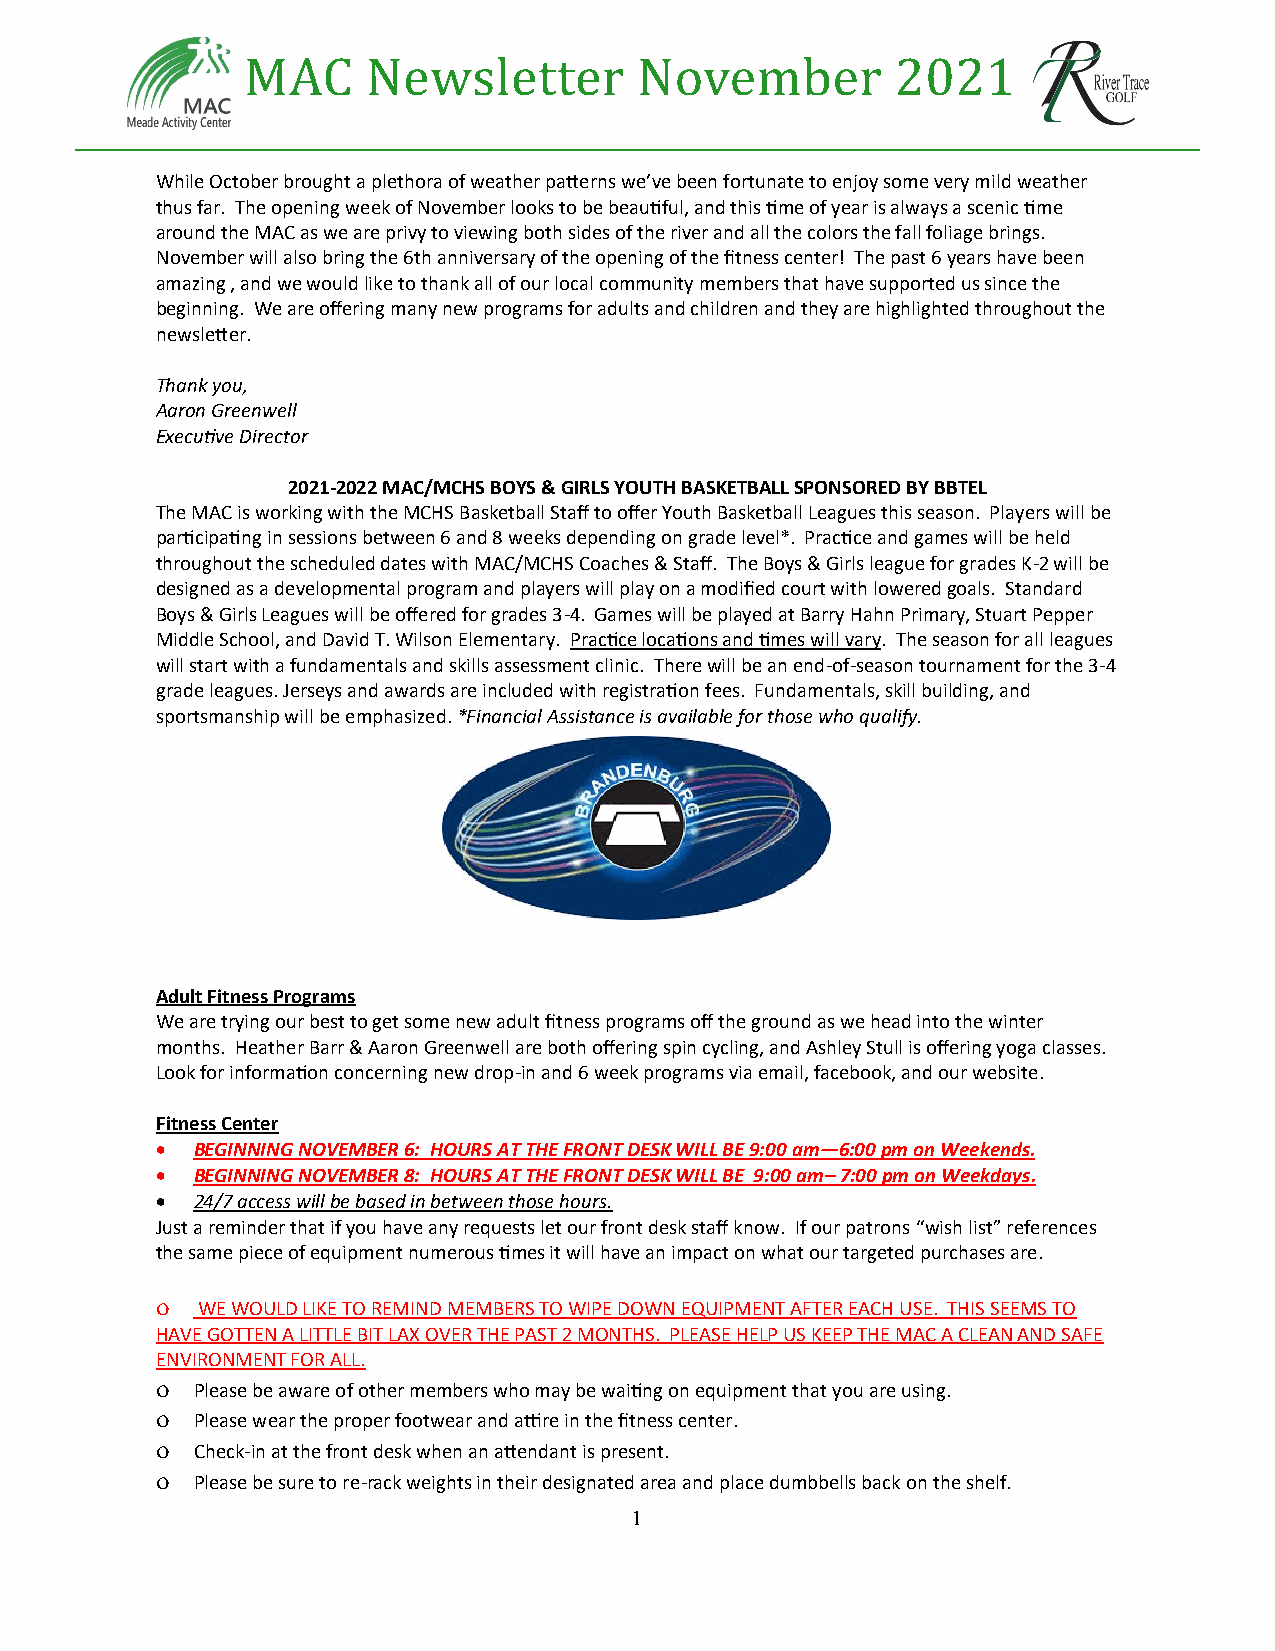
MAC     Newsletter        November         2021
 While October brought a plethora of weather patterns we’ve been fortunate to enjoy some very mild weather
 thus far. The opening week of November looks to be beautiful, and this time of year is always a scenic time
 around the MAC as we are privy to viewing both sides of the river and all the colors the fall foliage brings.
 November will also bring the 6th anniversary of the opening of the fitness center! The past 6 years have been
 amazing , and we would like to thank all of our local community members that have supported us since the
 beginning. We are offering many new programs for adults and children and they are highlighted throughout the
 newsletter.
 Thank you,
 Aaron Greenwell
 Executive Director
 2021-2022 MAC/MCHS BOYS & GIRLS YOUTH BASKETBALL SPONSORED BY BBTEL
 The MAC is working with the MCHS Basketball Staff to offer Youth Basketball Leagues this season. Players will be
 participating in sessions between 6 and 8 weeks depending on grade level*. Practice and games will be held
 throughout the scheduled dates with MAC/MCHS Coaches & Staff. The Boys & Girls league for grades K-2 will be
 designed as a developmental program and players will play on a modified court with lowered goals. Standard
 Boys & Girls Leagues will be offered for grades 3-4. Games will be played at Barry Hahn Primary, Stuart Pepper
 Middle School, and David T. Wilson Elementary. Practice locations and times will vary. The season for all leagues
 will start with a fundamentals and skills assessment clinic. There will be an end-of-season tournament for the 3-4
 grade leagues. Jerseys and awards are included with registration fees. Fundamentals, skill building, and
 sportsmanship will be emphasized. *Financial Assistance is available for those who qualify.
 Adult Fitness Programs
 We are trying our best to get some new adult fitness programs off the ground as we head into the winter
 months. Heather Barr & Aaron Greenwell are both offering spin cycling, and Ashley Stull is offering yoga classes.
 Look for information concerning new drop-in and 6 week programs via email, facebook, and our website.
 Fitness Center
 •  BEGINNING NOVEMBER 6: HOURS AT THE FRONT DESK WILL BE 9:00 am—6:00 pm on Weekends.
 •  BEGINNING NOVEMBER 8: HOURS AT THE FRONT DESK WILL BE 9:00 am– 7:00 pm on Weekdays.
 •  24/7 access will be based in between those hours.
 Just a reminder that if you have any requests let our front desk staff know. If our patrons “wish list” references
 the same piece of equipment numerous times it will have an impact on what our targeted purchases are.
   WE WOULD LIKE TO REMIND MEMBERS TO WIPE DOWN EQUIPMENT AFTER EACH USE. THIS SEEMS TO
 HAVE GOTTEN A LITTLE BIT LAX OVER THE PAST 2 MONTHS. PLEASE HELP US KEEP THE MAC A CLEAN AND SAFE
 ENVIRONMENT FOR ALL.
   Please be aware of other members who may be waiting on equipment that you are using.
   Please wear the proper footwear and attire in the fitness center.
   Check-in at the front desk when an attendant is present.
   Please be sure to re-rack weights in their designated area and place dumbbells back on the shelf.
 1